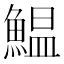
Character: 鰛